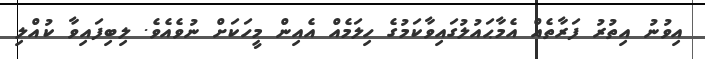
އިވުނު އިތުރު ފަރާތެއް އެމާޙައުލުގައިވާކަމުގެ ހިލަމެއް އެއިން މީހަކަށް ނުވެއެވެ. ލިބިފައިވާ ކުއްލި